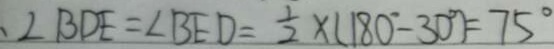
、 \angle B D E = \angle B E D = \frac { 1 } { 2 } \times ( 1 8 0 ^ { \circ } - 3 0 ^ { \circ } ) = 7 5 ^ { \circ }